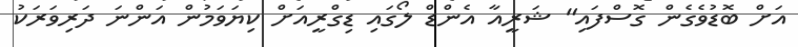
އަށް ބޮޑުވެގެން ގޮސްފައި" ޝަރީއާ އެންޑް ލޯގައި ޑިގްރީއަށް ކިޔަވަމުން އަންނަ ދަރިވަރަކު